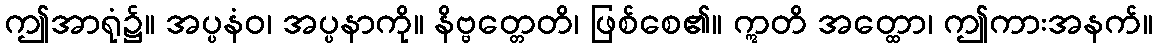
ဤအာရုံ၌။ အပ္ပနံဝ၊ အပ္ပနာကို။ နိဗ္ဗတ္တေတိ၊ ဖြစ်စေ၏။ ဣတိ အတ္ထော၊ ဤကားအနက်။